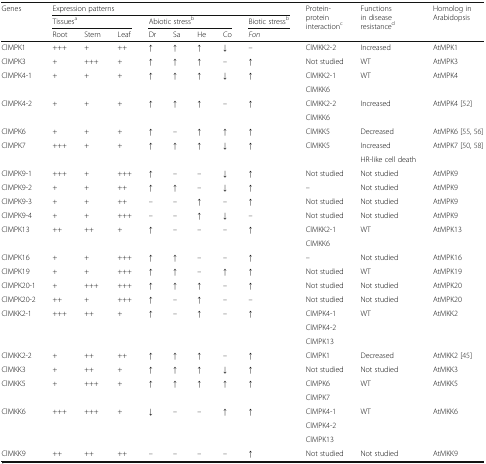
<table><thead><tr><td rowspan="3"><b>Genes</b></td><td colspan="8"><b>Expression patterns</b></td><td rowspan="3"><b>Protein-protein interaction<sup>c</sup></b></td><td rowspan="3"><b>Functions in disease resistance<sup>d</sup></b></td><td rowspan="3"><b>Homolog in Arabidopsis</b></td></tr><tr><td colspan="3"><b>Tissues<sup>a</sup></b></td><td colspan="4"><b>Abiotic stress<sup>b</sup></b></td><td><b>Biotic stress<sup>b</sup></b></td></tr><tr><td><b>Root</b></td><td><b>Stem</b></td><td><b>Leaf</b></td><td><b>Dr</b></td><td><b>Sa</b></td><td><b>He</b></td><td><b>Co</b></td><td><b><i>Fon</i></b></td></tr></thead><tbody><tr><td>ClMPK1</td><td>+++</td><td>+</td><td>++</td><td>↑</td><td>↑</td><td>↑</td><td>↓</td><td>–</td><td>ClMKK2-2</td><td>Increased</td><td>AtMPK1</td></tr><tr><td>ClMPK3</td><td>+</td><td>+++</td><td>+</td><td>↑</td><td>↑</td><td>↑</td><td>–</td><td>↑</td><td>Not studied</td><td>WT</td><td>AtMPK3</td></tr><tr><td rowspan="2">ClMPK4-1</td><td rowspan="2">+</td><td rowspan="2">+</td><td rowspan="2">+</td><td rowspan="2">↑</td><td rowspan="2">↑</td><td rowspan="2">↑</td><td rowspan="2">↓</td><td rowspan="2">↑</td><td>ClMKK2-1</td><td rowspan="2">WT</td><td rowspan="2">AtMPK4</td></tr><tr><td>ClMKK6</td></tr><tr><td rowspan="2">ClMPK4-2</td><td rowspan="2">+</td><td rowspan="2">+</td><td rowspan="2">+</td><td rowspan="2">↑</td><td rowspan="2">↑</td><td rowspan="2">↑</td><td rowspan="2">–</td><td rowspan="2">↑</td><td>ClMKK2-2</td><td rowspan="2">Increased</td><td rowspan="2">AtMPK4 [52]</td></tr><tr><td>ClMKK6</td></tr><tr><td>ClMPK6</td><td>+</td><td>+</td><td>+</td><td>↑</td><td>–</td><td>↑</td><td>↑</td><td>↑</td><td>ClMKK5</td><td>Decreased</td><td>AtMPK6 [55, 56]</td></tr><tr><td rowspan="2">ClMPK7</td><td rowspan="2">+++</td><td rowspan="2">+</td><td rowspan="2">+</td><td rowspan="2">↑</td><td rowspan="2">↑</td><td rowspan="2">↑</td><td rowspan="2">↓</td><td rowspan="2">↑</td><td rowspan="2">ClMKK5</td><td>Increased</td><td rowspan="2">AtMPK7 [50, 58]</td></tr><tr><td>HR-like cell death</td></tr><tr><td>ClMPK9-1</td><td>+++</td><td>+</td><td>+++</td><td>↑</td><td>–</td><td>–</td><td>↓</td><td>↑</td><td>Not studied</td><td>Not studied</td><td>AtMPK9</td></tr><tr><td>ClMPK9-2</td><td>+</td><td>+</td><td>++</td><td>↑</td><td>↑</td><td>–</td><td>↓</td><td>↑</td><td>–</td><td>Not studied</td><td>AtMPK9</td></tr><tr><td>ClMPK9-3</td><td>+</td><td>+</td><td>++</td><td>–</td><td>–</td><td>↑</td><td>–</td><td>↑</td><td>Not studied</td><td>Not studied</td><td>AtMPK9</td></tr><tr><td>ClMPK9-4</td><td>+</td><td>+</td><td>+++</td><td>–</td><td>–</td><td>↑</td><td>↓</td><td>–</td><td>Not studied</td><td>Not studied</td><td>AtMPK9</td></tr><tr><td rowspan="2">ClMPK13</td><td rowspan="2">++</td><td rowspan="2">++</td><td rowspan="2">+</td><td rowspan="2">↑</td><td rowspan="2">–</td><td rowspan="2">–</td><td rowspan="2">–</td><td rowspan="2">↑</td><td>ClMKK2-1</td><td rowspan="2">WT</td><td rowspan="2">AtMPK13</td></tr><tr><td>ClMKK6</td></tr><tr><td>ClMPK16</td><td>+</td><td>+</td><td>+++</td><td>↑</td><td>↑</td><td>–</td><td>–</td><td>↑</td><td>–</td><td>Not studied</td><td>AtMPK16</td></tr><tr><td>ClMPK19</td><td>+</td><td>+</td><td>+++</td><td>↑</td><td>↑</td><td>–</td><td>↑</td><td>↑</td><td>Not studied</td><td>WT</td><td>AtMPK19</td></tr><tr><td>ClMPK20-1</td><td>+</td><td>+++</td><td>+++</td><td>↑</td><td>↑</td><td>↑</td><td>–</td><td>↑</td><td>Not studied</td><td>Not studied</td><td>AtMPK20</td></tr><tr><td>ClMPK20-2</td><td>++</td><td>+</td><td>+++</td><td>↑</td><td>–</td><td>↑</td><td>–</td><td>–</td><td>Not studied</td><td>Not studied</td><td>AtMPK20</td></tr><tr><td rowspan="3">ClMKK2-1</td><td rowspan="3">+++</td><td rowspan="3">++</td><td rowspan="3">+</td><td rowspan="3">↑</td><td rowspan="3">–</td><td rowspan="3">↑</td><td rowspan="3">–</td><td rowspan="3">↑</td><td>ClMPK4-1</td><td rowspan="3">WT</td><td rowspan="3">AtMKK2</td></tr><tr><td>ClMPK4-2</td></tr><tr><td>ClMPK13</td></tr><tr><td>ClMKK2-2</td><td>+</td><td>++</td><td>++</td><td>↑</td><td>↑</td><td>↑</td><td>–</td><td>↑</td><td>ClMPK1</td><td>Decreased</td><td>AtMKK2 [45]</td></tr><tr><td>ClMKK3</td><td>+</td><td>++</td><td>+</td><td>↑</td><td>↑</td><td>↑</td><td>↓</td><td>↑</td><td>Not studied</td><td>Not studied</td><td>AtMKK3</td></tr><tr><td rowspan="2">ClMKK5</td><td rowspan="2">+</td><td rowspan="2">+++</td><td rowspan="2">+</td><td rowspan="2">↑</td><td rowspan="2">↑</td><td rowspan="2">↑</td><td rowspan="2">↑</td><td rowspan="2">↑</td><td>ClMPK6</td><td rowspan="2">WT</td><td rowspan="2">AtMKK5</td></tr><tr><td>ClMPK7</td></tr><tr><td rowspan="3">ClMKK6</td><td rowspan="3">+++</td><td rowspan="3">+++</td><td rowspan="3">+</td><td rowspan="3">↓</td><td rowspan="3">–</td><td rowspan="3">–</td><td rowspan="3">↑</td><td rowspan="3">↑</td><td>ClMPK4-1</td><td rowspan="3">WT</td><td rowspan="3">AtMKK6</td></tr><tr><td>ClMPK4-2</td></tr><tr><td>ClMPK13</td></tr><tr><td>ClMKK9</td><td>++</td><td>++</td><td>++</td><td>–</td><td>–</td><td>–</td><td>–</td><td>↑</td><td>Not studied</td><td>Not studied</td><td>AtMKK9</td></tr></tbody></table>